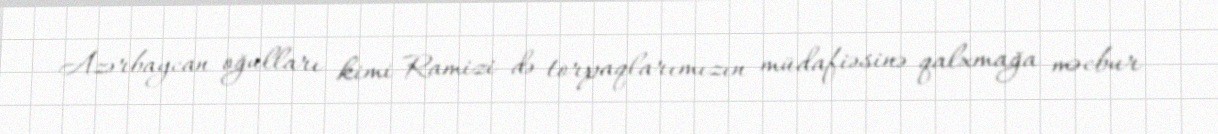
Azərbaycan oğulları kimi Ramizi də torpaqlarımızın müdafiəsinə qalxmağa məcbur